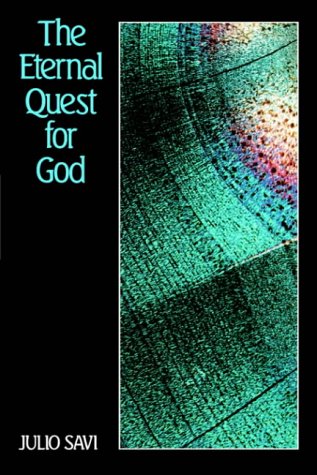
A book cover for The Eternal Quest for God: An Introduction to the Divine Philosophy; Julio Savi; Religion & Spirituality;